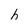
Character: h